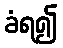
ခံရ၍